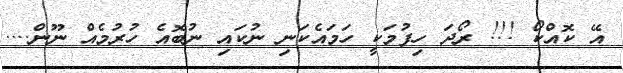
އޭ ކޮއްކޯ !!! ރޯދަ ހިފުމަކީ ހަމައެކަނި ނުކައި ނުބޮއެ ހުރުމެއް ނޫން....